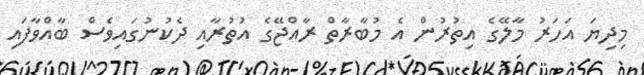
މިދިޔަ އަހަރު މާލޭގެ އިތުރުން އެ މުބާރާތް ރާއްޖޭގެ އުތުރާއި ދެކުނުގައިވެސް ބާއްވާފައި